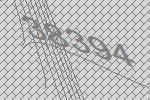
38394